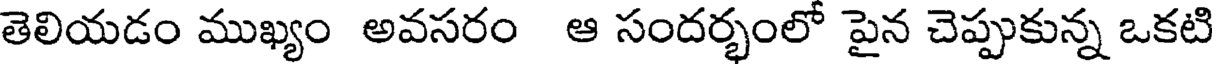
తెలియడం ముఖ్యం అవసరం ఆ సందర్భంలో పైన చెప్పుకున్న ఒకటి